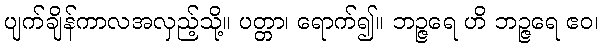
ပျက်ချိန်ကာလအလှည့်သို့။ ပတ္တာ၊ ရောက်၍။ ဘဉ္ဇရေ ဟိ ဘဉ္ဇရေ ဧဝ၊